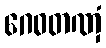
ဂေဓတဏှံ